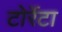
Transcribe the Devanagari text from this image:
टोर्रेटा